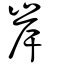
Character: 岸